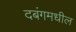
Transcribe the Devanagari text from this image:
दबंगमधील